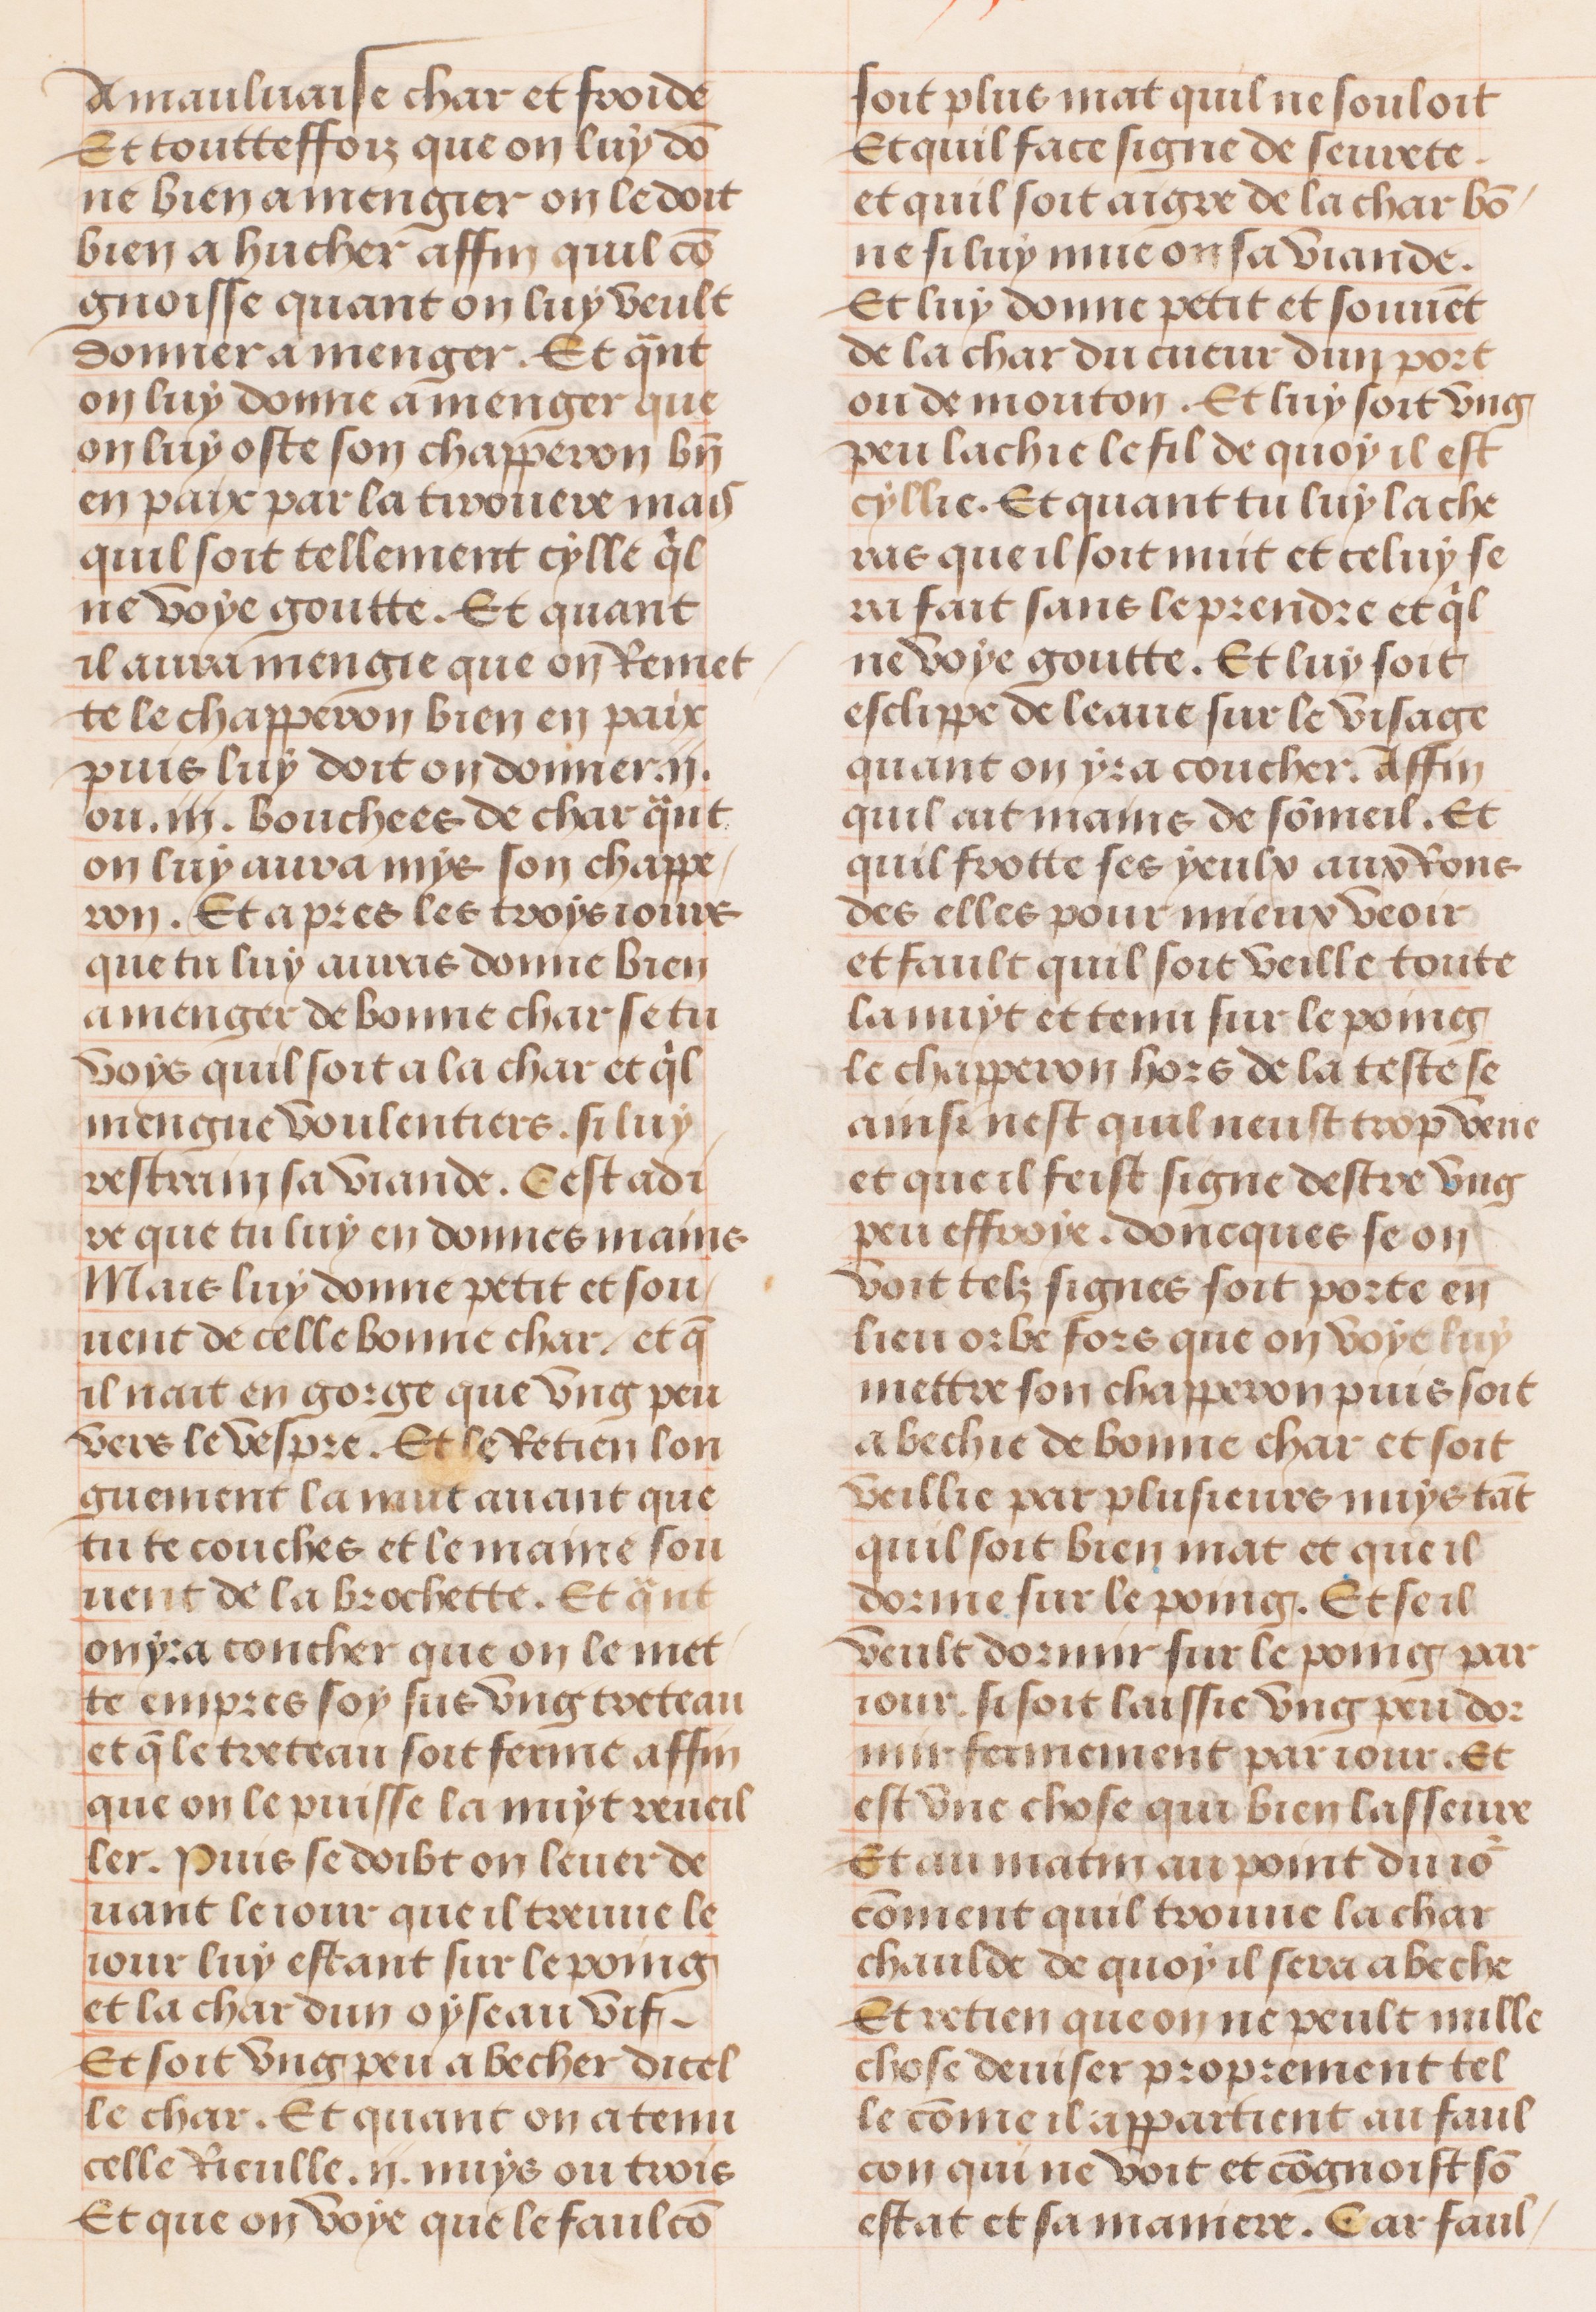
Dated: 1491–1498